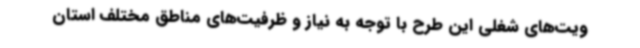
ویت‌های شغلی این طرح با توجه به نیاز و ظرفیت‌های مناطق مختلف استان